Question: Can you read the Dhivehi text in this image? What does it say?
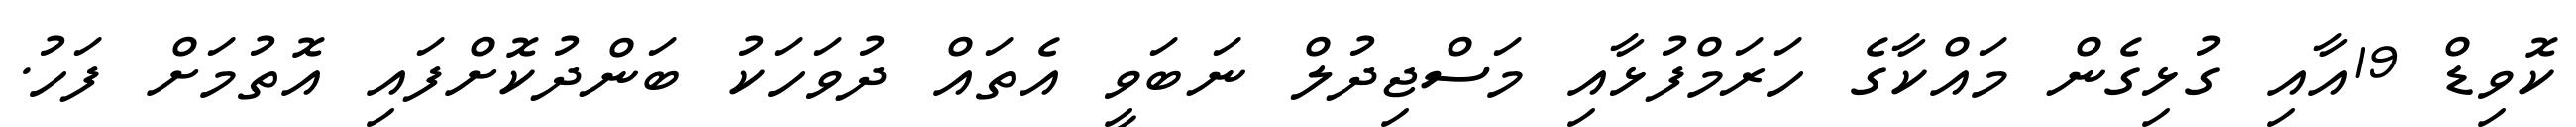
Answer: ކޮވިޑް 19އާއި ގުޅިގެން މައްކާގެ ހަރަމްފުޅާއި މަސްޖިދުލް ނަބަވީ އެތައް ދުވަހަކު ބަންދުކޮށްފައި އޮތުމަށް ފަހު.